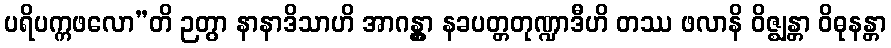
ပရိပက္ကဖလော”တိ ဉတွာ နာနာဒိသာဟိ အာဂန္တွာ နခပတ္တတုဏ္ဍာဒီဟိ တဿ ဖလာနိ ဝိဇ္ဈန္တာ ဝိဓုနန္တာ